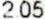
2.05